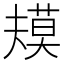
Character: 𰱴